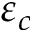
\varepsilon _ { c }